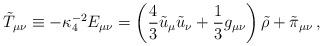
LaTeX: \begin{align*}\tilde{T}_{\mu\nu} \equiv -\kappa_4^{-2} E_{\mu\nu}= \left({4\over3}\tilde{u}_\mu\tilde{u}_\nu + {1\over3}g_{\mu\nu}\right) \tilde\rho + \tilde\pi_{\mu\nu} \,,\end{align*}